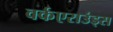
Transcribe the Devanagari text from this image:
वर्कएराउंड्स